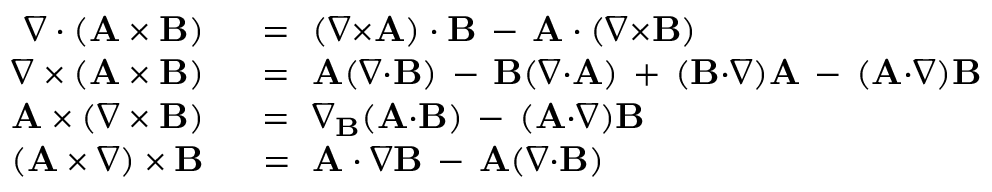
\begin{array} { r l } { \nabla \cdot ( \mathbf { A } \times \mathbf { B } ) } & { { } \ = \ ( \nabla { \times } \mathbf { A } ) \cdot \mathbf { B } \, - \, \mathbf { A } \cdot ( \nabla { \times } \mathbf { B } ) } \\ { \nabla \times ( \mathbf { A } \times \mathbf { B } ) } & { { } \ = \ \mathbf { A } ( \nabla { \cdot } \mathbf { B } ) \, - \, \mathbf { B } ( \nabla { \cdot } \mathbf { A } ) \, + \, ( \mathbf { B } { \cdot } \nabla ) \mathbf { A } \, - \, ( \mathbf { A } { \cdot } \nabla ) \mathbf { B } } \\ { \mathbf { A } \times ( \nabla \times \mathbf { B } ) } & { { } \ = \ \nabla _ { \mathbf { B } } ( \mathbf { A } { \cdot } \mathbf { B } ) \, - \, ( \mathbf { A } { \cdot } \nabla ) \mathbf { B } } \\ { ( \mathbf { A } \times \nabla ) \times \mathbf { B } } & { { } \ = \ \mathbf { A } \cdot \nabla \mathbf { B } \, - \, \mathbf { A } ( \nabla { \cdot } \mathbf { B } ) } \end{array}